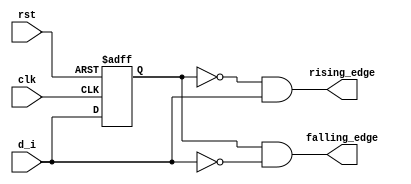
`timescale 1ns / 1ps
//////////////////////////////////////////////////////////////////////////////////
// Company: -
// 
// Design Name: Edge Detector
// Module Name: Edge_detector
// Project Name: Edge_detector
// Target Devices: 
// Tool Versions: 
// Description: 
// 
// Dependencies: 
// 
// Revision:
// Revision 0.01 - File Created
// Additional Comments:
// 
//////////////////////////////////////////////////////////////////////////////////


module Edge_detector(
    input wire clk,
    input wire rst,
    input wire d_i,
    output wire rising_edge,
    output wire falling_edge
    );
    
    reg d_buff;
    
    always@ (posedge clk or posedge rst)
        if(rst)
            d_buff <= 1'b0;
        else
            d_buff <= d_i;
            
     // if signal goes from 0 to 1 (i.e d_i goes from 0 to 1) then its a rising edge
        assign rising_edge = ~d_buff & d_i;       ////// hence we can say that for d_buff which is the delayed value of d_i should be 0 
     
     // if signal goes from 1 to 0 (i.e d_i goes from 1 to 0) then its a fallig edge
        assign falling_edge = d_buff & ~d_i;      //// in this the presnt value is 0 hence we are inverting it
endmodule